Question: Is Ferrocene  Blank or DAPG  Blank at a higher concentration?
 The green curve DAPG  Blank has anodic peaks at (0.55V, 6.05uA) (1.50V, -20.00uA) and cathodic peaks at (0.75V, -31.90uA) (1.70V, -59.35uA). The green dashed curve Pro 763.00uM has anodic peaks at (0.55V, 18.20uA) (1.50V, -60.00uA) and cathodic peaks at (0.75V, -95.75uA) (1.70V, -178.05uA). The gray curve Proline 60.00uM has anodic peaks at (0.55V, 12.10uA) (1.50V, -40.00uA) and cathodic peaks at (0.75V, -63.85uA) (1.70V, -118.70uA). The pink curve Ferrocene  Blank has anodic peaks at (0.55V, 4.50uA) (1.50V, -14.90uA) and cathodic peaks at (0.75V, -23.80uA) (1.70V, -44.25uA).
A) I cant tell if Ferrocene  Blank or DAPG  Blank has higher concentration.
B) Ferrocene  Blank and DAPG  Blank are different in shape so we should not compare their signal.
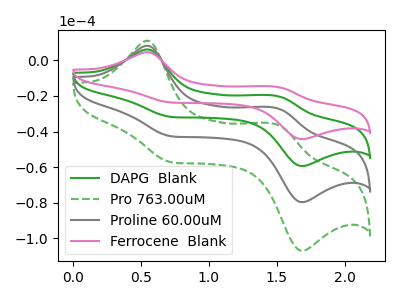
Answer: <think>All the peaks in "Ferrocene  Blank" have a peak in "DAPG  Blank" at the same potential.
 </think>
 <answer>A) I cant tell if "Ferrocene  Blank" or "DAPG  Blank" has higher concentration.</answer>
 <eval>A</eval>